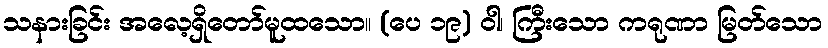
သနားခြင်း အလေ့ရှိတော်မူထသော။ (ပေ ၁၉) ဝါ၊ ကြီးသော ကရုဏာ မြတ်သော